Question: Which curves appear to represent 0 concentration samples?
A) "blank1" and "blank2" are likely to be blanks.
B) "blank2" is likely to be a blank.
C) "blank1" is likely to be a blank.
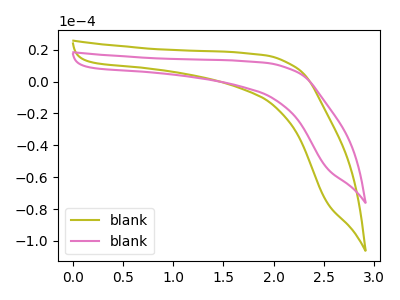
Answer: <think>The olive curve "blank1" has no peaks. The pink curve "blank2" has no peaks.</think>
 <answer>A) "blank1" and "blank2" are likely to be blanks.</answer>
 <eval>A</eval>